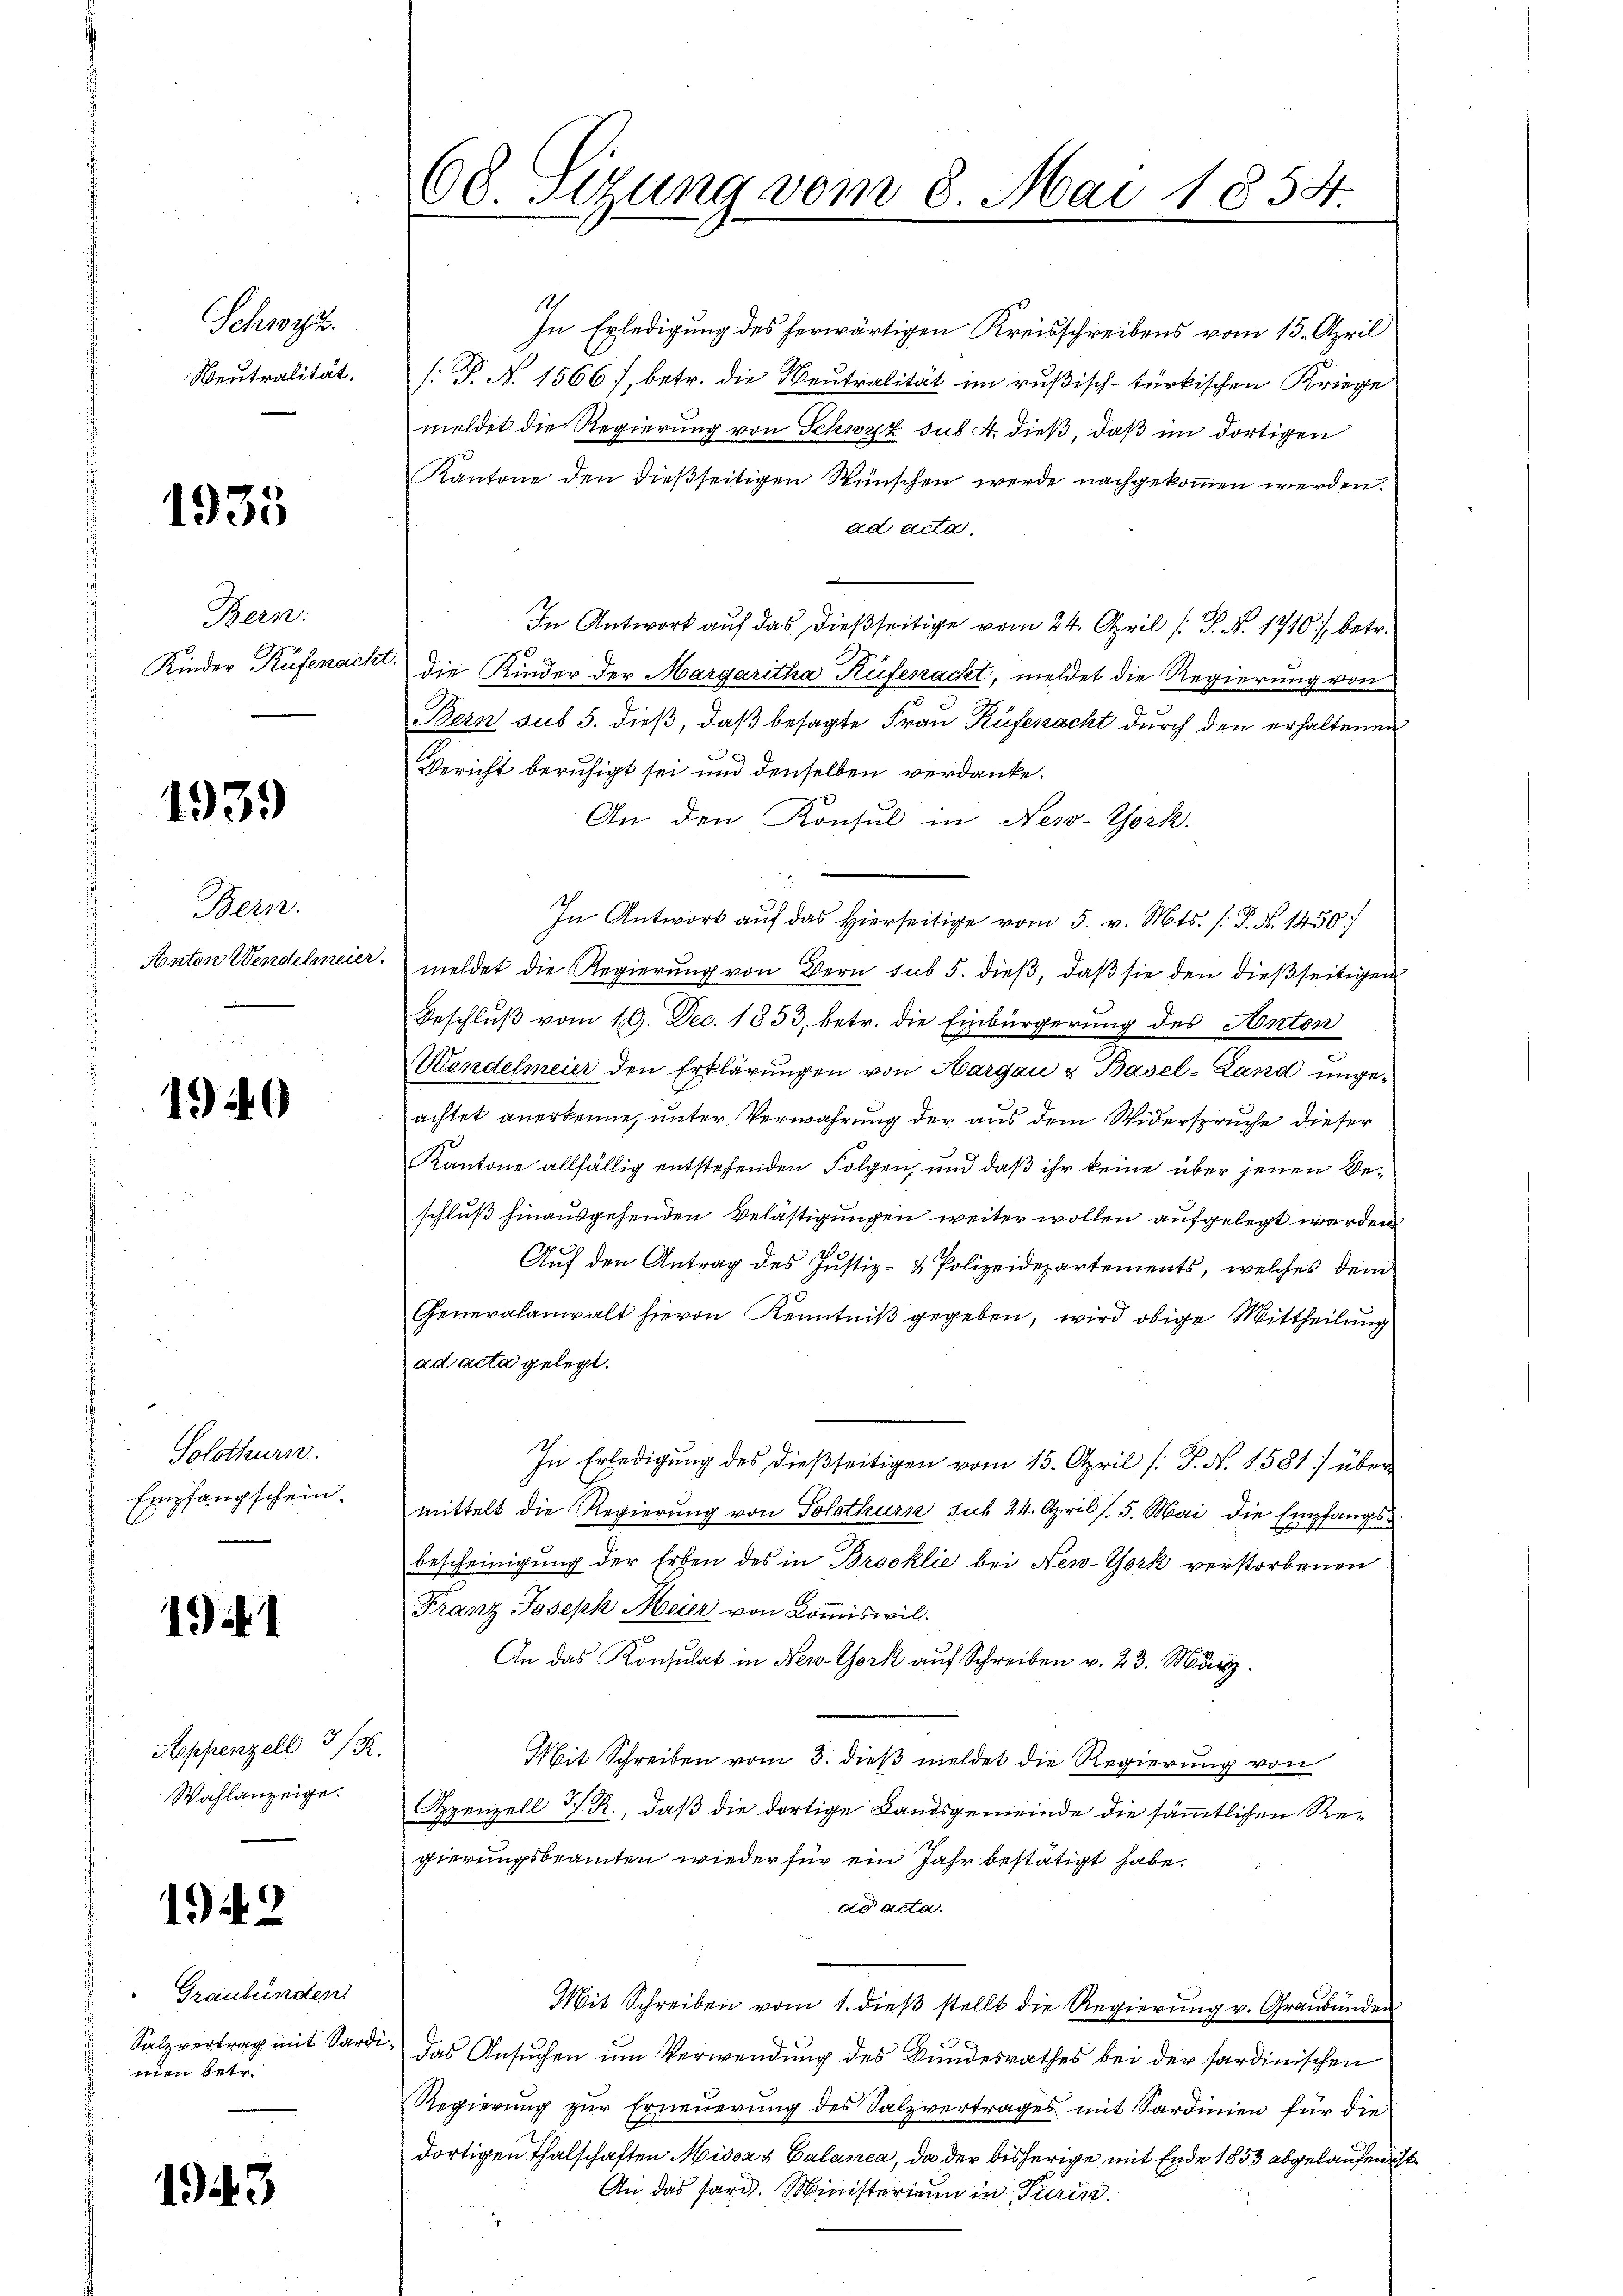
Schwyz.
Neutralität.

1935

Bern:
Kinder Rufenacht.

1939

Bern.
Anton Wendelmeie

1940

Solothurs.
Empfangschein.

1941

Appenzell 3/R.
Wahlanzeige.

1942

1943

Graubünden
Salzvertrag mit Sard
men betr.

68. Sizung vom 8. Mai 1854.

In Erledigung des herwärtigen Kreisschreibens vom 15. April
[: P. N. 1566), betr. die Neutralität im rußisch-türkischen Kriege
meldet die Regierung von Schwyz sub A. dieß, daß im dortigen
Kantone den dießseitigen Wünschen werde nachgekommen werden.
ad acta.
In Antwort auf das dießseitige vom 24. April (T. N. 1710 :/ betr.
die Kinder der Margaritha Rüfenacht, meldet die Regierung von
Bern sub 5. dieß, daß besagte Frau Rüfenacht durch den erhaltenen
Bericht beruhigt sei und denselben verdanke.
An den Konsul in New-York
In Antwort aŭf das hierseitige vom 5. v. Mts. (T. N. 1450
.
meldet die Regierung von Bern sub 5. dieß, daβ sie den dießseitigen
Beschluß vom 19. Dec. 1853, betr. die Einbürgerung des Anton
Mandelmeier den Erklärungen von Hargau & Basel-Land ungeachtet anerkenne, unter Verwahrung der aus dem Widerspruche dieser
Kantone allfällig entstehenden Folgen, und daß ihr keine über jenen Beschluß hinausgehenden Belästigungen weiter wollen aufgelegt werden
Auf den Antrag des Justiz- & Polizeidepartements, welches dem
Generalanwalt hievon Kenntniß gegeben, wird obige Mittheilung
ad acta gelegt.
In Erledigung des dießseitigen vom 15. April /: P. N. 1581] über
mittelt die Regierung von Solothurn sub 24. April (5. Mai die Empfangsbescheinigung der Erben des in Brooklie bei New-York verstorbenen
Franz Joseph Meier von Commiswil.
An das Konsulat in New-York auf Schreiben v. 23. März
Mit Schreiben vom 3. dieß meldet die Regierung von
Openzell 5/. R., daß die dortige Landsgemeinde die sämmtlichen Regierungsbeamten wieder für ein Jahr bestätigt habe.
ad acta.
Mit Schreiben vom 1. dieβ stellt die Regierung v. Graubünden
i
das Ansuchen um Verwendung des Bundesrathes bei der Sardinischen
Regierung zur Erneuerung des Salzvertrages mit Sardinien für die
dortigen Thalschaften Missar Calanca, da der bisherige mit Ende 1853 abgelaufen ist.
An das farg. Ministerium in Turin